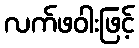
လက်ဖဝါးဖြင့်